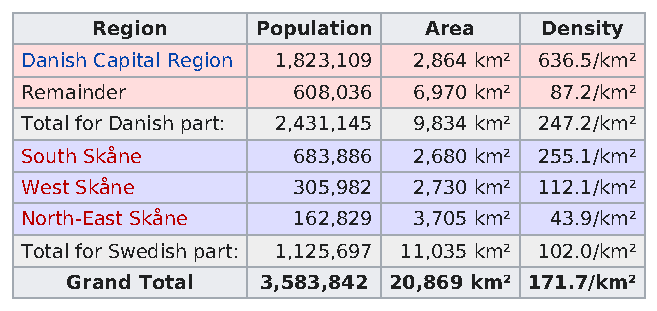
Region     Population Area    Density
 Danish Capital Region 1,823,109 2,864 km² 636.5/km²
 Remainder         608,036 6,970 km² 87.2/km²
 Total for Danish part: 2,431,145 9,834 km² 247.2/km²
 South Skåne       683,886 2,680 km² 255.1/km²
 West Skåne        305,982 2,730 km² 112.1/km²
 North-East Skåne  162,829 3,705 km² 43.9/km²
 Total for Swedish part: 1,125,697 11,035 km² 102.0/km²
 Grand Total  3,583,842 20,869 km² 171.7/km²